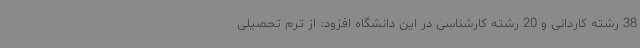
38 رشته کاردانی و 20 رشته کارشناسی در این دانشگاه افزود: از ترم تحصیلی